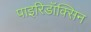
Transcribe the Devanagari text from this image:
पाइरिडॉक्सिन